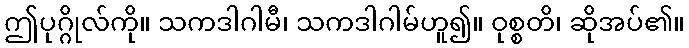
ဤပုဂ္ဂိုလ်ကို။ သကဒါဂါမီ၊ သကဒါဂါမ်ဟူ၍။ ဝုစ္စတိ၊ ဆိုအပ်၏။